Annual report of the Punjab Veterinary College and of the Civil Veterinary Department, Punjab - 1926-1932
Year: 1926
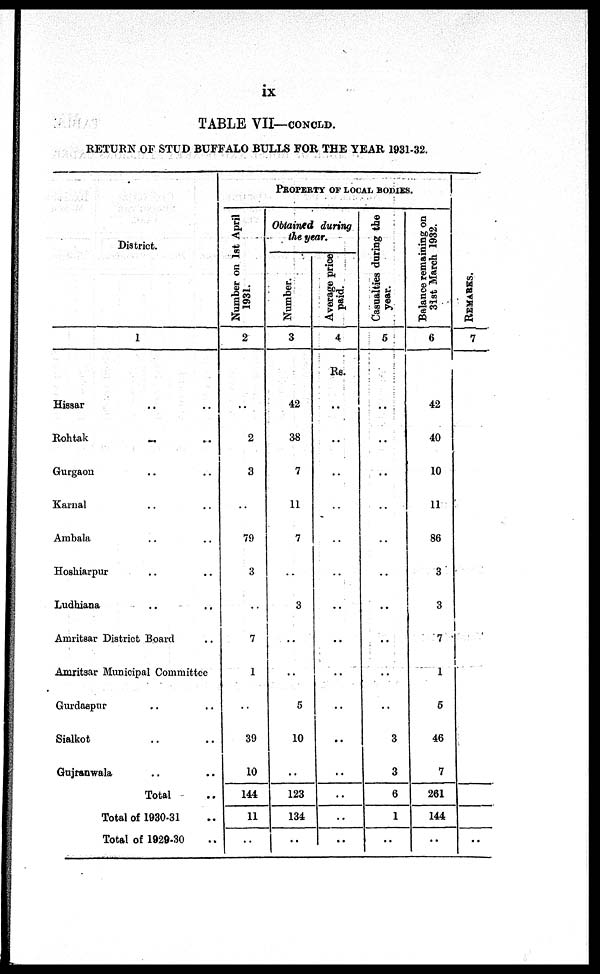
ix
TABLE VII—CONCLD.
RETURN OF STUD BUFFALO BULLS FOR THE YEAR 1931-32.
District.
1
Hissar .. ..
Rohtak
..
..
Gurgaon .. ..
Karnal .. ..
Ambala .. ..
Hoshiarpur .. ..
Ludhiana .. ..
Amritsar District Board ..
Amritsar Municipal Committee
Gurdaspur .. ..
Sialkot .. ..
Gujranwala .. ..
Total ..
Total of 1930-31 ..
Total of 1929-30 ..
PROPERTY OF LOCAL BODIES.
Number on 1st April
1931.
2
..
2
3
..
79
3
..
7
1
..
39
10
144
11
..
Obtained during
the year.
Number.
3
42
38
7
11
7
..
3
..
..
5
10
..
123
134
..
Average price
paid.
4
Rs.
..
..
..
..
..
..
..
..
..
..
..
..
..
..
..
Casualties during the
year.
5
..
..
..
..
..
..
..
..
..
..
3
3
6
1
..
Balance remaining on
31st
March 1932.
6
42
40
10
11
86
3
3
7
1
6
46
7
261
144
..
RE MARKS .
7
..